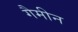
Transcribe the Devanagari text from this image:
गैमीन